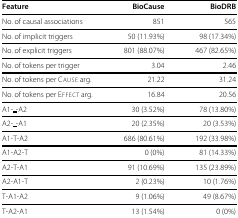
<table><thead><tr><td><b>Feature</b></td><td><b>BioCause</b></td><td><b>BioDRB</b></td></tr></thead><tbody><tr><td>No. of causal associations</td><td>851</td><td>565</td></tr><tr><td>No. of implicit triggers</td><td>50 (11.93%)</td><td>98 (17.34%)</td></tr><tr><td>No. of explicit triggers</td><td>801 (88.07%)</td><td>467 (82.65%)</td></tr><tr><td>No. of tokens per trigger</td><td>3.04</td><td>2.46</td></tr><tr><td>No. of tokens per Cause arg.</td><td>21.22</td><td>31.24</td></tr><tr><td>No. of tokens per Effect arg.</td><td>16.84</td><td>20.56</td></tr><tr><td>A1-_-A2</td><td>30 (3.52%)</td><td>78 (13.80%)</td></tr><tr><td>A2-_-A1</td><td>20 (2.35%)</td><td>20 (3.53%)</td></tr><tr><td>A1-T-A2</td><td>686 (80.61%)</td><td>192 (33.98%)</td></tr><tr><td>A1-A2-T</td><td>0 (0%)</td><td>81 (14.33%)</td></tr><tr><td>A2-T-A1</td><td>91 (10.69%)</td><td>135 (23.89%)</td></tr><tr><td>A2-A1-T</td><td>2 (0.23%)</td><td>10 (1.76%)</td></tr><tr><td>T-A1-A2</td><td>9 (1.06%)</td><td>49 (8.67%)</td></tr><tr><td>T-A2-A1</td><td>13 (1.54%)</td><td>0 (0%)</td></tr></tbody></table>